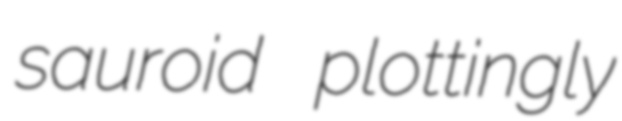
sauroid plottingly